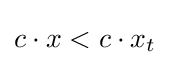
c\cdot x<c\cdot x_{t}